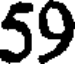
59